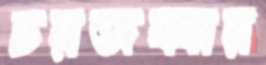
চরজব্বার